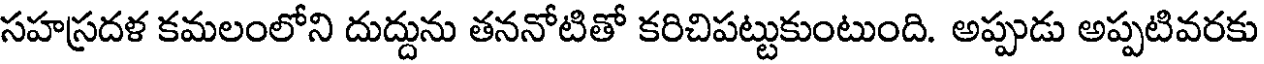
సహస్రదళ కమలంలోని దుద్దును తననోటితో కరిచిపట్టుకుంటుంది. అప్పుడు అప్పటివరకు